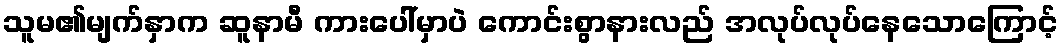
သူမ၏မျက်နှာက ဆူနာမီ ကားပေါ်မှာပဲ ကောင်းစွာနားလည် အလုပ်လုပ်နေသောကြောင့်